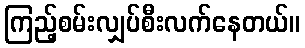
ကြည့်စမ်းလျှပ်စီးလက်နေတယ်။